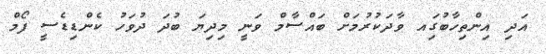
އަދި އިންތިހާބުގަިއ ވާދަކުރުމަށް ބައްސާމް ވަނީ މިދިޔަ ބުދަ ދުވަހު ކެންޑިޑެސީ ފޯމް